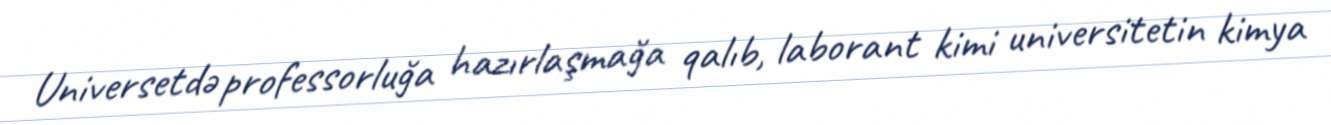
Universetdə professorluğa hazırlaşmağa qalıb, laborant kimi universitetin kimya